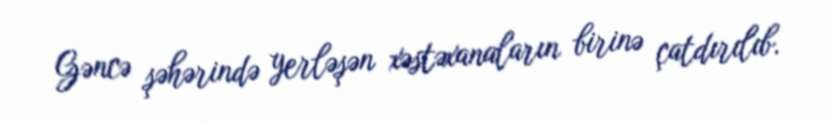
Gəncə şəhərində yerləşən xəstəxanaların birinə çatdırılıb.